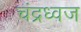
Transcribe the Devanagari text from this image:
चंद्रध्वज